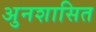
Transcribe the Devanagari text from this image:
अुनशासित